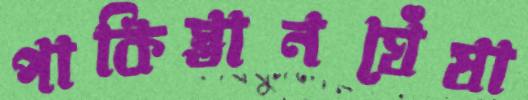
পাকিস্তানঘেঁষা